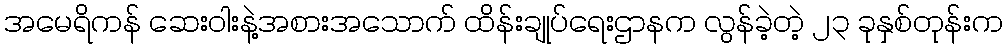
အမေရိကန် ဆေးဝါးနဲ့အစားအသောက် ထိန်းချုပ်ရေးဌာနက လွန်ခဲ့တဲ့ ၂၃ ခုနှစ်တုန်းက